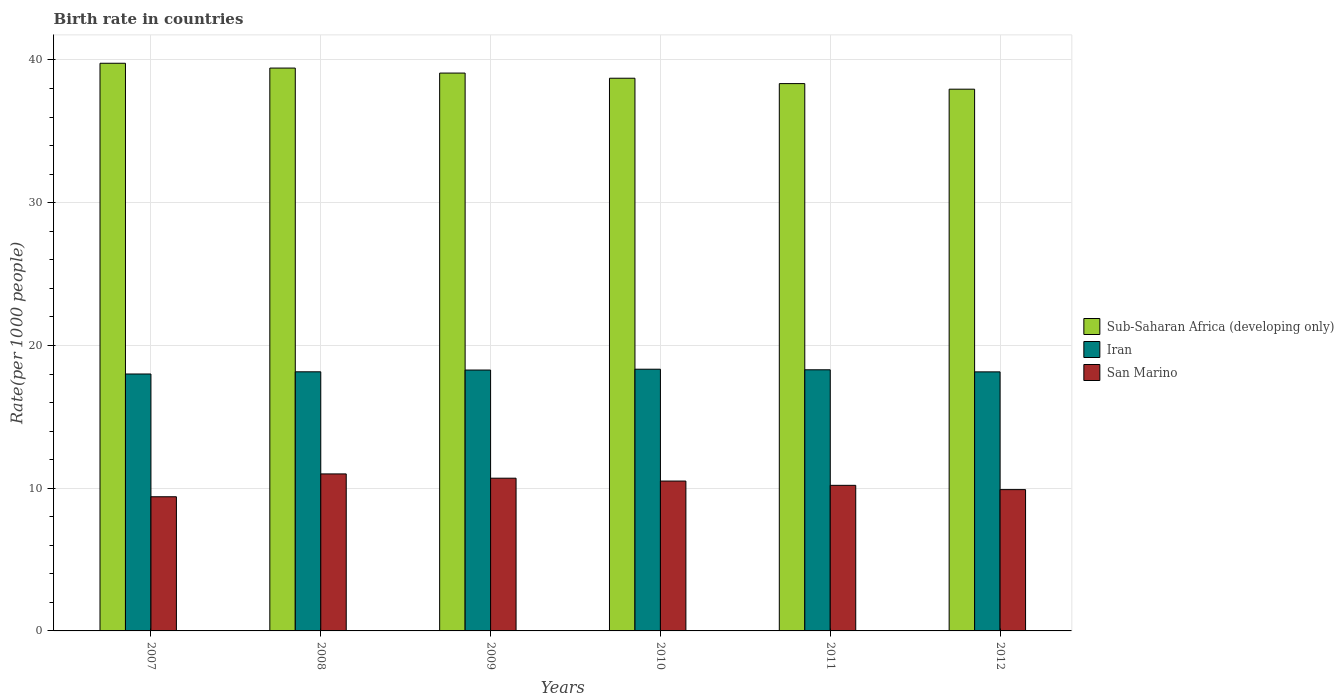
| Years | Sub-Saharan Africa (developing only) | Iran | San Marino |
 | --- | --- | --- | --- |
 | 2007 | 39.8 | 18 | 9.4 |
 | 2008 | 39.4 | 18.2 | 11 |
 | 2009 | 39.1 | 18.3 | 10.7 |
 | 2010 | 38.7 | 18.3 | 10.5 |
 | 2011 | 38.3 | 18.3 | 10.2 |
 | 2012 | 38 | 18.1 | 9.9 |